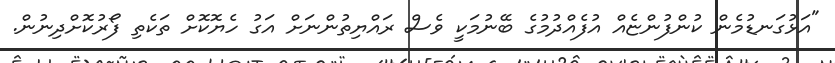
"އަޅުގަނޑުމެން ކުންފުންޏެއް އުފެއްދުމުގެ ބޭނުމަކީ ވެސް ރައްޔިތުންނަށް އަގު ހެޔޮކޮށް ތަކެތި ފޯރުކޮށްދިނުން.